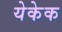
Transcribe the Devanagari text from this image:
येकेक